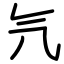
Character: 氕